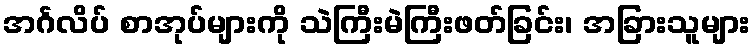
အင်္ဂလိပ် စာအုပ်များကို သဲကြီးမဲကြီးဖတ်ခြင်း၊ အခြားသူများ